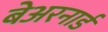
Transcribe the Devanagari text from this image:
बेअरनार्ड